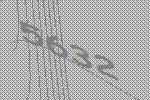
5632